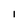
Character: 1